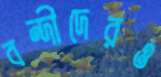
বন্দীদেরও